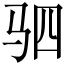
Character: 驷